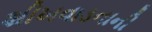
શીખવાડનાની